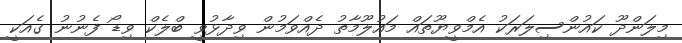
މިލަންދޫ ކައުންސިލަރަކު އެމްވީޔޫތައް މައުލޫމާތު ދެއްވަމުން ވިދާޅުވީ ބްލެކް ވިޑޯ ފެނުނު ގެއަކީ